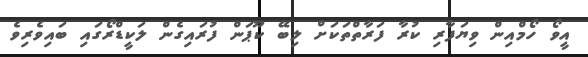
އީވޯ ހޯމްއިން ވިޔަފާރި ކުރާ ފަރާތްތަކަށް ލިބޭ ކޫޕަން ފުރައިގެން ލަކީޑްރޯގައި ބައިވެރިވެ